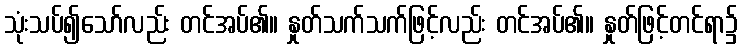
သုံးသပ်၍သော်လည်း တင်အပ်၏။ နှုတ်သက်သက်ဖြင့်လည်း တင်အပ်၏။ နှုတ်ဖြင့်တင်ရာ၌